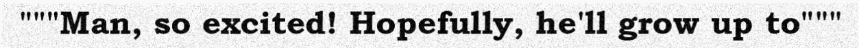
"""Man, so excited! Hopefully, he'll grow up to"""